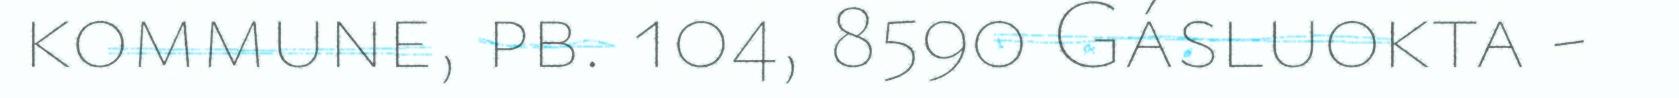
kommune, pb. 104, 8590 Gásluokta -